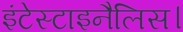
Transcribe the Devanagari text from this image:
इंटेस्टाइनैलिस।